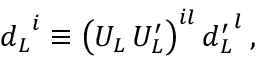
{ d _ { L } } ^ { i } \equiv \left( U _ { L } \, U _ { L } ^ { \prime } \right) ^ { i l } { d _ { L } ^ { \prime } } ^ { l } \: ,